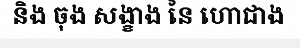
និង ចុង សង្ខាង នៃ ហោជាង